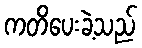
ကတိပေးခဲ့သည်